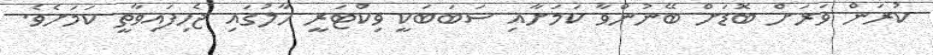
ކުރަން ވަރަށް ބޮޑަށް ބޭނުންވާ ކަމަށާއި ސަބަބަކީ ވިކްޓަރީ ހާލުގައި ޖެހިފައިވާތީ ކަމަށެވެ.